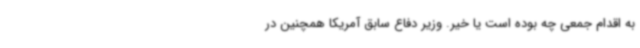
به اقدام جمعی چه بوده است یا خیر. وزیر دفاع سابق آمریکا همچنین در